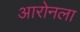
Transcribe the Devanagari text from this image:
आरोनला